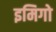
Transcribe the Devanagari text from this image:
इमिगो